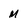
Character: M